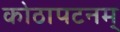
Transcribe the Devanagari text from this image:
कोठापटनम्